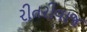
રીતરીવાજ